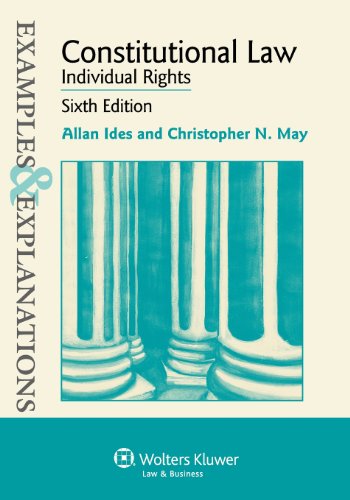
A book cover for Examples & Explanations: Constitutional Law: Individual Rights, Sixth Edition; Allan Ides; Law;